Vital statistics of India. Vol. IV, Annual returns from 1871 to 1876. British Army of India, Native Army and jails of Bengal
Year: 1871
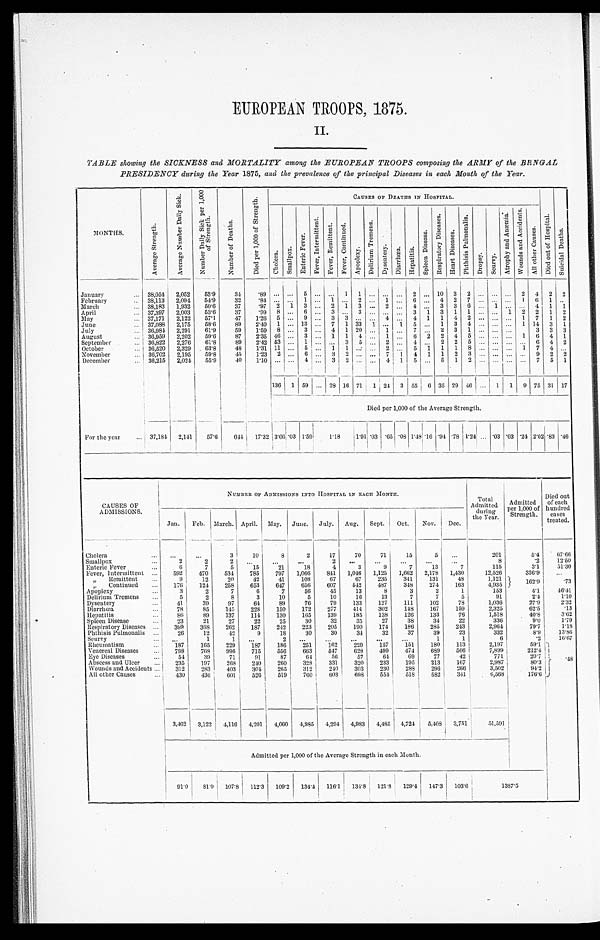
EUROPEAN TROOPS, 1875.
II.
TABLE showing the SICKNESS and MORTALITY among the EUROPEAN TROOPS composing the ARMY of the BENGAL
PRESIDENCY during the Year 1875, and the prevalence of the principal Diseases in each Month of the Year.
M O N T H S .
A v e r a g e S t r e n g t h .
A v e r a g e N u m b e r D a i l y S i c k .
N u m b e r D a i l y S i c k p e r 1 , 0 0 0
o f S t r e n g t h .
N u m b e r o f D e a t h s .
D i e d p e r 1 , 0 0 0 o f S t r e n g t h s .
CAUSES OF DEATHS IN HOSPITAL.
D i e d o u t o f H o s p i t a l .
S u i c i d a l D e a t h s .
C h o l e r a .
S m a l l p o x .
Ent e r i c Fe ve r s .
F e v e r , I n t e r m i t t e n t .
F e v e r , R e m i t t e n t .
F e v e r , C o n t i n u e d .
Apopl exy.
D e l i r i u m T r e m e n s .
D y s e n t e r y .
D i a r r h œ a .
H e p a t i t i s .
S p l e e n D i s e a s e .
R e s p i r a t o r y D i s e a s e s .
H e a r t D i s e a s e s .
P h t h i s i s P u l m o n a l i s .
D r o p s y .
S c u r v y .
A t r o p h y a n d A n æ m i a .
W o u n d s a n d A c c i d e n t s .
A l l o t h e r C a u s e s .
January
38,054
2,052
53.9
34
.89
5
1
1
2
10
3
2
2
4
2
2
February
38,113
2,094
54.9
32
. 8 4
1
1
2
1
6
4
2
7
1
6
1
March
38,183
1,932
50.6
37
.97
2
1
3
2
1
3
2
4
3
3
6
1
4
1
1
April
37,397
2,003
53.6
37
.99
8
6
3
3
3
1
3
1
1
1
2
2
1
2
May
37,171
2,122
57.1
47
1.26
5
9
3
3
4
4
1
1
4
2
1
7
1
2
June
37,088
2,175
58.6
89
2.40
1
13
7
1
33
1
1
5
1
3
4
1
14
3
1
July
36,984
2,291
61.9
59
1.59
8
3
4
1
20
1
7
2
3
1
3
3
3
August
36,959
2,202
59.6
87
2.35
46
3
1
1
4
1
6
2
2
4
5
1
6
4
1
September
36,822
2,276
61.8
89
2.42 53
1
3
5
2
4
2
2
5
6
4
2
October
36,520
2,329
63.8
48
1.31
11
5
1
1
2
5
1
1
1
8
1
7
4
November
36,702
2,195
59.8
45
1.23
2
6
3
2
7
1
4
1
1
2
3
9
2
2
December
36,215
2,024
55.9
40
1.10
4
3
2
4
1
5
5
1
2
7
5
1
136
1
59
28
16
71 1
24
3
55
6
35
29
46
1
1
9
75
31
17
Died per 1,000 of the Average Strength.
For the year
37,184
2,141
57.6
644
17.32
3 . 6 6
. 0 3
1.59
1.18
1.91.03 .65 .08
1. 48
.16 .94 .78 1.24
.03 .03 .24
2 . 0 2
.83 .46
CAUSES OF
ADMISSIONS.
NUMBER OF ADMISSIONS INTO HOSPITAL IN EACH MONTH.
Total
Admitted
during
the Year.
Admitted
per 1,000 of
Strength.
Died out
of each
hundred
cases
treated.
Jan.
Feb.
March.
April.
May.
June.
July.
Aug.
Sept.
Oct.
Nov.
Dec.
Cholera
3
10
8
2
17
70
71
15
5
201
5.4
67.66
Smallpox
2
2
2
2
8
.2
12. 50
Enteric Fever
6
7
5
15
21
18
4
3
9
7
13
7
115
3.1
51.30
Fever, Intermittent
592
470
534
785
797
1,066
841
1,046
1,125
1,662
2,178
1,430
12,526
336.9
„ Remittent
9
12
20
42
41
108
67
67
235
341
131
48
1,121
162.9
.73
„ Continued
176
124
258
653
647
656
607
542
487
348
274
163
4,935
Apoplexy
3
2
7
6
7
56
45
13
8
3
2
1
153
4.1
46.41
Delirium Tremens
5
2
8
3
10
5
10
16
13
7
7
5
91
2.4
1.10
Dysentery
41
39
97
64
89
76
79
133
127
111
102
78
1,036
27.9
2.32
Diarrhœa
78
85
145
228
150
172
277
414
302
148
167
159
2,325
62.5
.13
Hepatitis
86
89
137
114
130
165
139
185
138
126
133
76
1,518
40.8
3.62
Spleen Disease
23
21
27
22
25
30
32
35
27
38
34
22
336
9.0
1.79
Respiratory Diseases
399
368
262
187
242
223
205
190
174
186
285
243
2,964
79.7
1.18
Phthisis Pulmonalis
26
12
42
9
18
30
30
34
32
37
39
23
332
8.9
13.86
Scurvy
1
1
2
1
1
6
.2
16.67
Rheumatism
187
165
229
187
186
251
162
229
157
151
180
113
2,197
59.1
.48
Venereal Diseases
798
768
996
715
556
663
547
628
499
474
689
566
7,899
212.4
Eye Diseases
54
39
71
91
87
64
56
57
64
69
77
42
771
20.7
Abscess and Ulcer
2 3 5
197
268
240
260
328
331
320
233
195
213
167
2,987
80.3
Wounds and Accidents
312
283
403
304
265
312
240
303
230
288
296
266
3,502
94.2
All other Causes
430
436
601
526
519
760
603
698
554
518
582
341
6,568
176.6
3,462 3,122
4,116
4,201
4,060
4,985
4,294
4,983
4,485
4,724
5,408
3,751
51,591
Admitted per 1,000 of the Average Strength in each Month.
91.0
8 1 . 9 107.8
112.3
109.2
134.4
116.1
134.8
121.8
129.4
147.3
103.6
1387.5